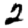
Digit: 2